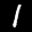
Label: 1